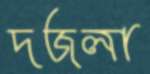
দজলা